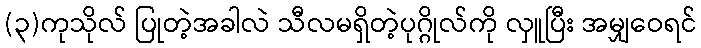
(၃)ကုသိုလ် ပြုတဲ့အခါလဲ သီလမရှိတဲ့ပုဂ္ဂိုလ်ကို လှူပြီး အမျှဝေရင်